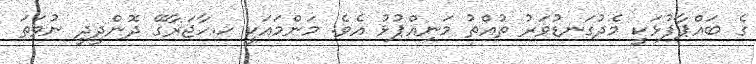
ގެ ބައްޕާފުޅަކީ މެދުގަނޑުވަރު ތުއްތު މަނިއްޕުޅު އެވެ. މަންމައަކީ ހ.ހާޖަރާގޭ ދޮންދީދީ ނުވަތަ